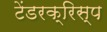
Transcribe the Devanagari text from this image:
टेंडरक्रिस्प